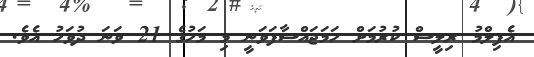
އެފިލްމު ރިލީސް ކުރުމަށް ހަމަޖައްސާފަވަނީ މި މަހުގެ 21 ވަނަ ދުވަހު އެވެ.